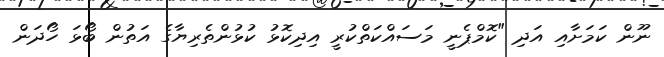
ނޫން ކަމަށާއި އަދި "ކޮމްޕެނީ މަސައްކަތްކުރީ އިދިކޮޅު ކުޅުންތެރިޔާގެ އަތުން ބޯޅަ ހޯދަން